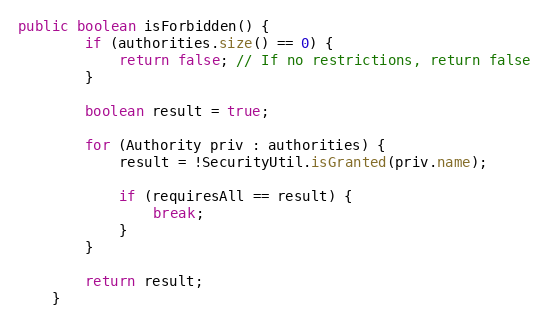
Language: Java
public boolean isForbidden() {
        if (authorities.size() == 0) {
            return false; // If no restrictions, return false
        }

        boolean result = true;

        for (Authority priv : authorities) {
            result = !SecurityUtil.isGranted(priv.name);

            if (requiresAll == result) {
                break;
            }
        }

        return result;
    }